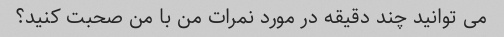
می توانید چند دقیقه در مورد نمرات من با من صحبت کنید؟